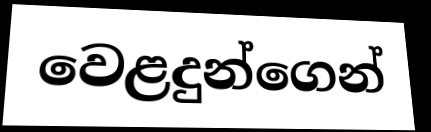
වෙළදුන්ගෙන්